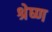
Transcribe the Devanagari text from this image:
श्रेष्‍ण